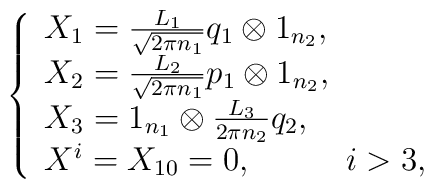
\left\{ \begin{array}{lll}X_1= \frac{L_1}{\sqrt{2\pi n_1}}q_1\otimes 1_{n_{2}},\\ X_{2}=\frac{L_2}{\sqrt{2\pi n_1}}p_1\otimes 1_{n_{2}}, \\  X_{3}=1_{n_{1}}\otimes \frac{L_3}{2\pi n_2}q_2,\\X^i =X_{10}=0, \;\;\;\;\;\;\;\;\;\; i > 3,   \end{array}\right.